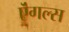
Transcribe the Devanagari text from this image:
ऎंगल्स